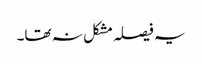
یہ فیصلہ مشکل نہ تھا۔